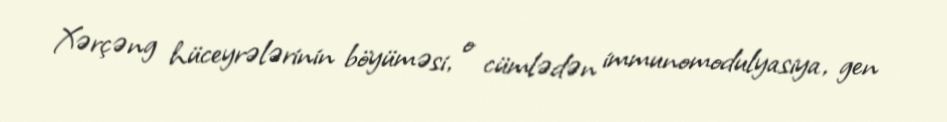
Xərçəng hüceyrələrinin böyüməsi, o cümlədən immunomodulyasiya, gen